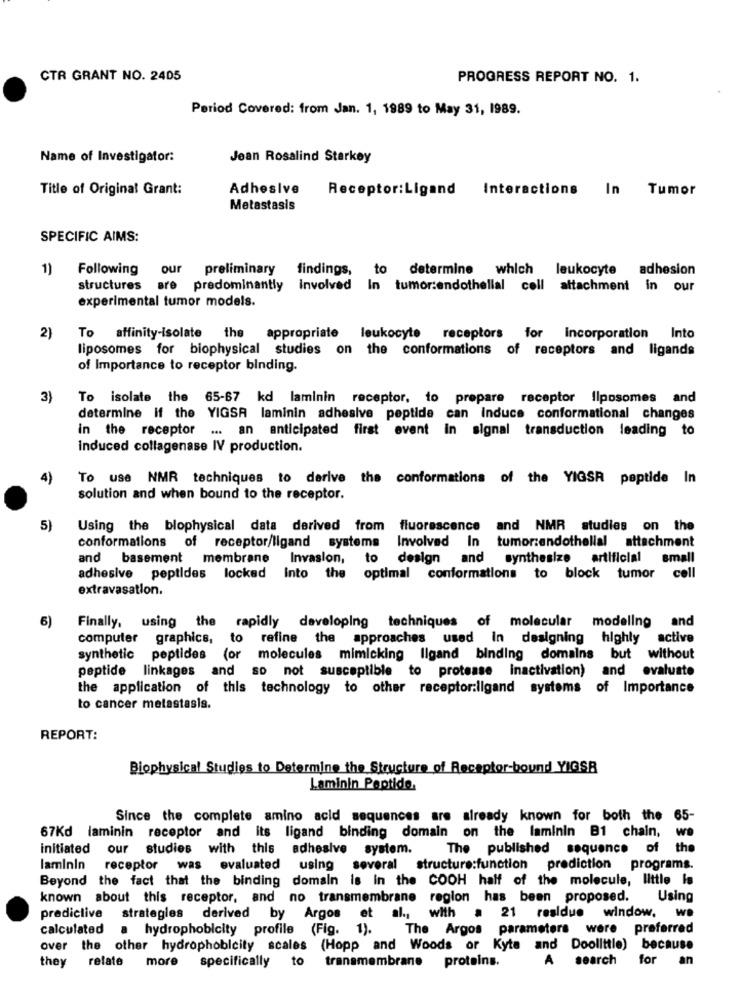
CTR GRANT NO. 2405
PROGRESS REPORT NO. 1.
Period Covered: from Jan. 1, 1989 to May 31, 1989.
Name of Investigator:
Jean Rosalind Starkey
Title of Original Grant:
Adhesive
Receptor: Ligand Interactions In Tumor
Metastasis
SPECIFIC AIMS:
1)
Following
our
preliminary findings, to determine which leukocyte adhesion
structures
are predominantly
involved In tumor:endothellal coll attachment in our
experimental tumor models.
2)
To affinity-isolate the
appropriate leukocyte receptors for Incorporation Into
liposomes for biophysical studies on the conformations of receptors and ligands
of Importance to receptor binding.
3}
To isolate the 65-67 kd laminin receptor, to prepare receptor Ilposomes and
determine if the YIGSA laminin adhesive peptide can induce conformational changes
in the receptor
... an anticipated first event in signal transduction leading to
induced collagenase IV production.
4)
To use NMR techniques to derive the conformations of the YIGSR peptide In
solution and when bound to the receptor.
5)
Using the blophysical data derived from fluorescence and NMR studies on the
conformations of receptor/ligand systems Involved In tumor:endothelial attachment
and basement membrane Invasion, to design and synthesize artificial small
adhesive peptides locked Into the optimal conformations to block tumor cell
extravasation.
Finally, using the rapidly developing techniques of molecular modeling and
6)
computer graphics, to refine the approaches used In designing highly active
synthetic peptides (or molecules mimicking ligand binding domains but without
peptide linkages and so not susceptible to protease inactivation) and evaluate
the application of this technology to other receptor:ligand systems of Importance
to cancer metastasis.
REPORT:
Biophysical Studies to Determine the Structure of Receptor-bound YIGSR
Laminin Peptide.
Since the complete amino acid sequences are already known for both the 65-
67Kd laminin receptor and its ligand binding domain on the laminin B1 chain, we
initiated our studies with this adhesive system.
The published sequence of the
laminin receptor was evaluated
using several structure:function prediction programs.
Beyond the fact that the binding domain is in the COOH half of the molecule, little is
known about this receptor, and no transmembrane region has been proposed.
Using
prediclive strategies derived by Argos et al ., with a 21 residue window. we
calculated
a hydrophobicity profile (Fig.
1).
The Argos parameters were preferred
over the other hydrophobicity scales (Hopp and Woods or Kyte and Doolittle) because
they
relate more
specifically to transmembrane proteins.
A search
for an